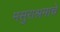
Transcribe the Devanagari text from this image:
मसुराश्रमाचे